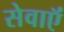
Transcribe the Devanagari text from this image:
सेवाऍं